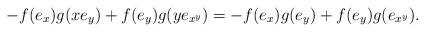
LaTeX: \begin{align*}-f(e_x)g( xe_y)+f(e_y)g( ye_{x^y})=-f(e_x)g( e_y)+f(e_y)g(e_{x^y}).\end{align*}